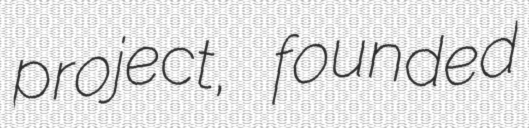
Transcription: project, founded